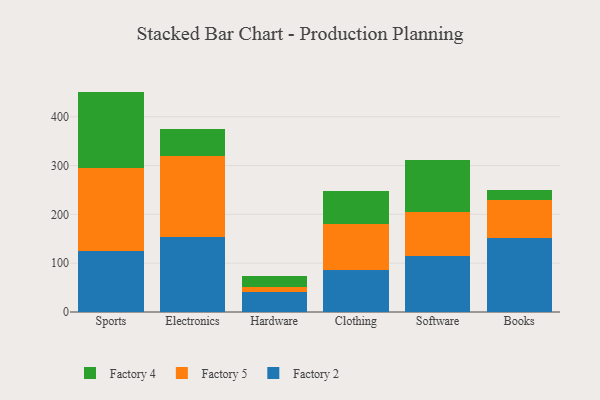
{"axis": {"x": "Category", "y": "Production Output"}, "legend": ["Factory 2", "Factory 4", "Factory 5"], "data": [{"x": "Sports", "y": 125.7, "type": "Factory 2"}, {"x": "Sports", "y": 168.6, "type": "Factory 5"}, {"x": "Sports", "y": 157.2, "type": "Factory 4"}, {"x": "Electronics", "y": 153.1, "type": "Factory 2"}, {"x": "Electronics", "y": 165.9, "type": "Factory 5"}, {"x": "Electronics", "y": 56.2, "type": "Factory 4"}, {"x": "Hardware", "y": 41.5, "type": "Factory 2"}, {"x": "Hardware", "y": 9.2, "type": "Factory 5"}, {"x": "Hardware", "y": 23.6, "type": "Factory 4"}, {"x": "Clothing", "y": 85.7, "type": "Factory 2"}, {"x": "Clothing", "y": 93.8, "type": "Factory 5"}, {"x": "Clothing", "y": 68.7, "type": "Factory 4"}, {"x": "Software", "y": 114.1, "type": "Factory 2"}, {"x": "Software", "y": 91.3, "type": "Factory 5"}, {"x": "Software", "y": 105.6, "type": "Factory 4"}, {"x": "Books", "y": 151.3, "type": "Factory 2"}, {"x": "Books", "y": 78.9, "type": "Factory 5"}, {"x": "Books", "y": 20.6, "type": "Factory 4"}]}